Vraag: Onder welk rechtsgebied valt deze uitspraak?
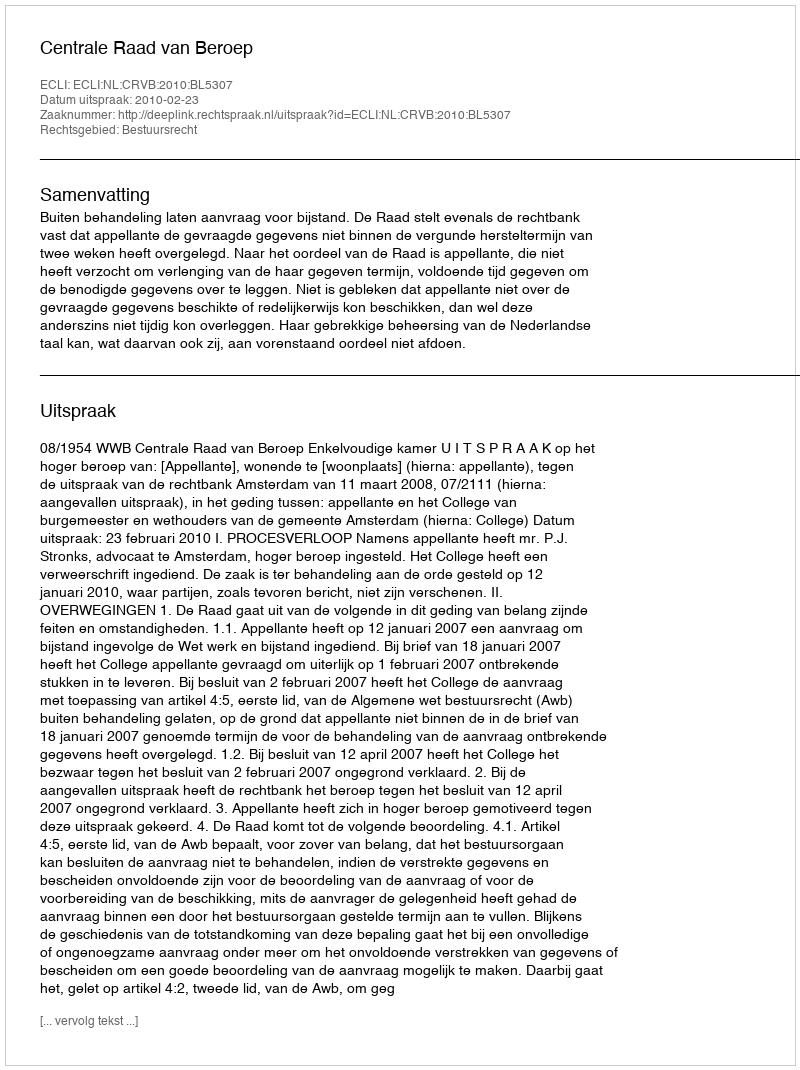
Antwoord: Bestuursrecht